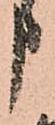
申